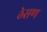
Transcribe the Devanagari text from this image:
ठेसण